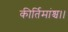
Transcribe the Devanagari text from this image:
कीर्तिमांश्च।।